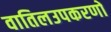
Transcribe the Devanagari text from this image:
वातिलउपकरणों